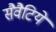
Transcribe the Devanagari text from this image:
सैवैटिये